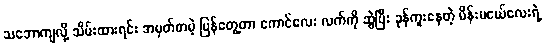
သဘောကျလို့ သိမ်းထားရင်း အမှတ်တမဲ့ ပြန်တွေ့တာ ကောင်လေး လက်ကို ဆွဲပြီး ခုန်ကူးနေတဲ့ မိန်းမငယ်လေးရဲ့